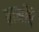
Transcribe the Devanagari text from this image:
हानीचे